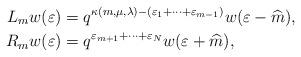
LaTeX: \begin{align*}L_mw(\varepsilon) &= q^{\kappa(m,\mu,\lambda)-(\varepsilon_1+ \cdots + \varepsilon_{m-1})}w(\varepsilon - \widehat{m}), \\R_mw(\varepsilon) &= q^{\varepsilon_{m+1}+ \cdots + \varepsilon_N}w(\varepsilon + \widehat{m}),\end{align*}